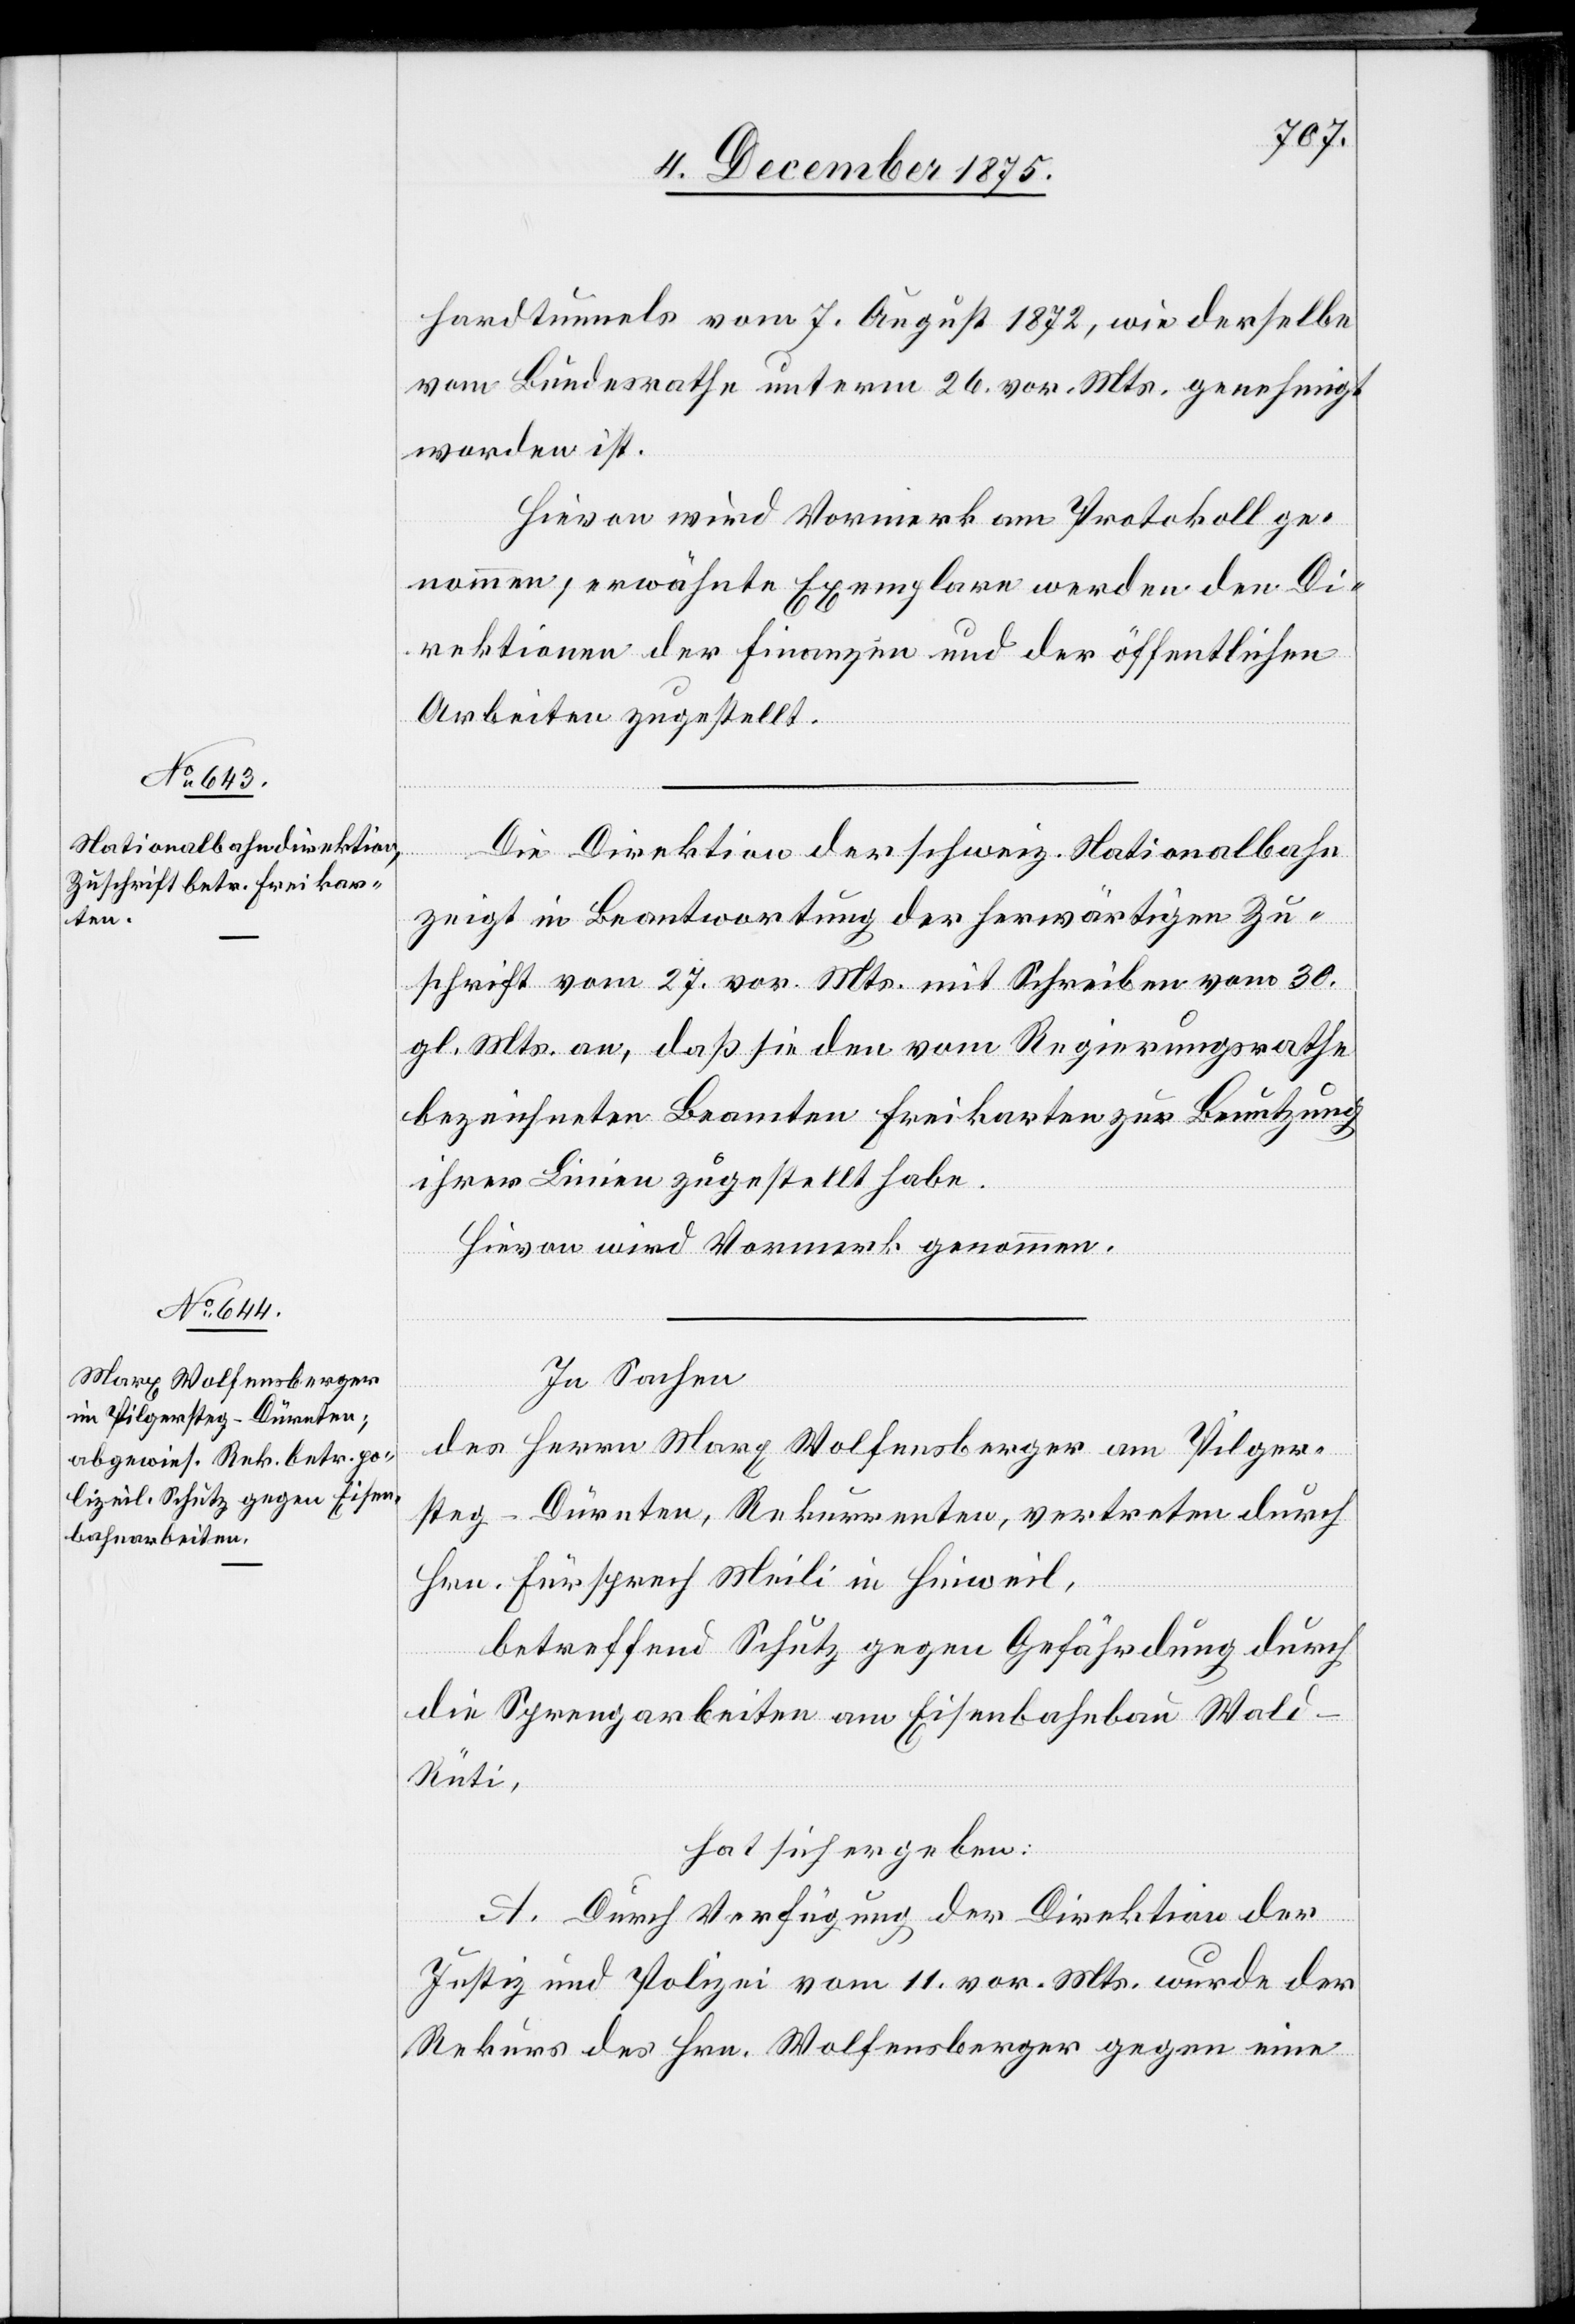
hardtunnels vom 7. August 1872 wie derselbe
vom Bundesrathe unterm 26. vor. Mts. genehmigt
worden ist.
Hievon wird Vormerk am Protokoll ge¬
nommen, erwähnte Exemplare werden den Di¬
rektionen der Finanzen und der öffentlichen
Arbeiten zugestellt.
Die Direktion der schweiz. Nationalbahn
zeigt mit Beantwortung der herwärtigen Zu¬
schrift vom 27. vor. Mts. [und] mit Schreiben vom 30.
gl. Mts an, daß sie den vom Regierungsrathe
bezeichneten Beamten Freikarten zur Benutzung
ihrer Linien zugestellt habe.
Hievon wird Vormerk genommen.
In Sachen
des Herrn Marx Wolfensberger am Pilger¬
steg - Dürnten, Rekurrenten, vertreten durch
Hrn. Fürsprech Meili in Hinweil,
betreffend Schutz gegen Gefährdung durch
die Sprengarbeiten am Eisenbahnbau Wal¬
d–Rüti,
hat sich ergeben:
A. Durch Verfügung der Direktion der
Justiz und Polizei vom 11. vor. Mts. wurde der
Rekurs des Hrn. Wolfensberger gegen eine